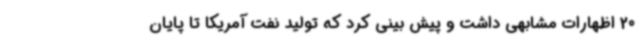
20 اظهارات مشابهی داشت و پیش بینی کرد که تولید نفت آمریکا تا پایان